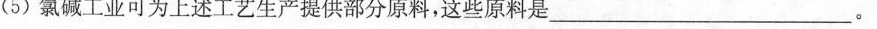
(5)氯碱工业可为上述工艺生产提供部分原料，这些原料是___。